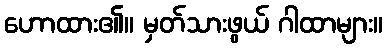
ဟောထား၏။ မှတ်သားဖွယ် ဂါထာများ။